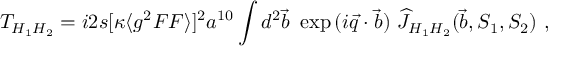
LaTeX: T _ { H _ { 1 } H _ { 2 } } = i 2 s [ \kappa \langle g ^ { 2 } F F \rangle ] ^ { 2 } a ^ { 1 0 } \int d ^ { 2 } \vec { b } ~ \exp { ( i \vec { q } \cdot \vec { b } ) } ~ \widehat J _ { H _ { 1 } H _ { 2 } } ( \vec { b } , S _ { 1 } , S _ { 2 } ) ~ ,